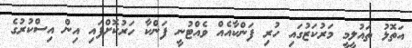
އަތޮޅު ތައުލީމީ މަރުކަޒުގައި ހުރި ފަންކާއެއް ވެއްޓުނީ ފަންކާ ހަރުކޮށްފައި އިން އިސްކުރުގެ